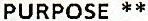
PURPOSE **